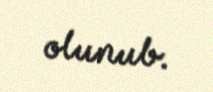
olunub.